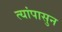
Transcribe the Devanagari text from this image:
त्यांपासुन